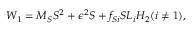
W _ { 1 } = M _ { S } S ^ { 2 } + \epsilon ^ { 2 } S + f _ { S i } S L _ { i } H _ { 2 } ( i \neq 1 ) ,